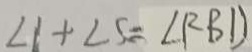
\angle 1 + \angle 5 = \angle R B D